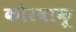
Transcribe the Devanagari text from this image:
कोरवाकू